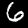
Label: 6